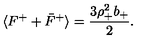
\langle F ^ { + } + \bar { F } ^ { + } \rangle = { \frac { 3 \rho _ { + } ^ { 2 } b _ { + } } { 2 } } .